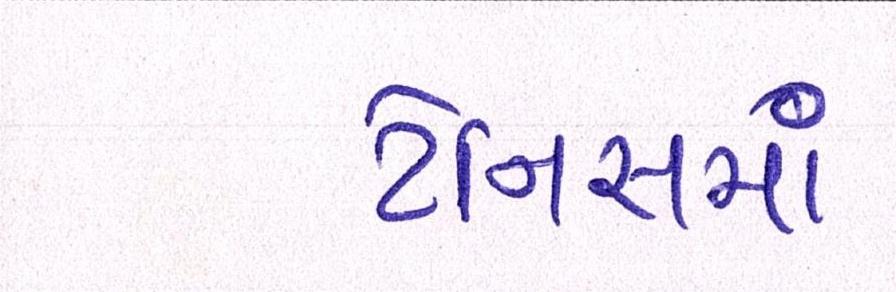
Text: ટેનિસમાં